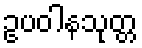
ဥပဝါနသုတ္တ